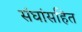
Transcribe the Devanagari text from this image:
संघांसहित